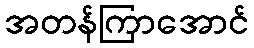
အတန်ကြာအောင်